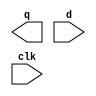
`timescale 1ns / 1ps
//////////////////////////////////////////////////////////////////////////////////
// Company: 
// Engineer: 
// 
// Design Name: 
// Module Name: gen_dff
// Project Name: 
// Target Devices: 
// Tool Versions: 
// Description: 
// 
// Dependencies: 
// 
// Revision:
// Revision 0.01 - File Created
// Additional Comments:
// 
//////////////////////////////////////////////////////////////////////////////////


module gen_dff(q, d, clk);
    parameter width = 0;
    
    // Inputs
    input [width-1:0]   d;
    input               clk;
    
    // Output
    output [width-1:0]  q;
    
    wire [width-1:0]    a;
    
    genvar i;
    generate
    for (i=0; i<width; i=i+1) begin
        dff flippityflop(a[i], d[i], clk);
        end
    endgenerate
    
    assign q = a;
        
endmodule